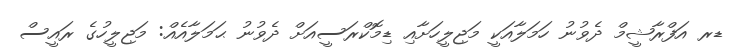
ޑރ އަފްރާޝީމް ދެވުނު ހަމަލާއަކީ މަޖިލީހަށާއި ޑިމޮކްރަސީއަށް ދެވުނު ޙަމަލާއެއް: މަޖިލީހުގެ ރައީސް